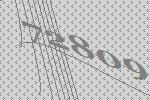
72809